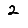
Digit: 2